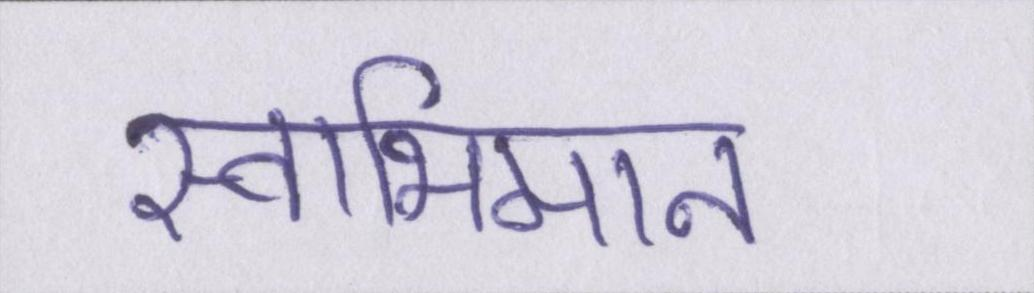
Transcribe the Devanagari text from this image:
स्वाभिमान